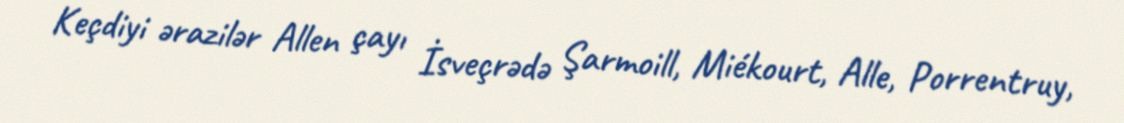
Keçdiyi ərazilər Allen çayı İsveçrədə Şarmoill, Miékourt, Alle, Porrentruy,